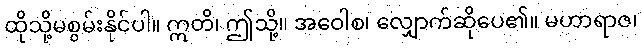
ထိုသို့မစွမ်းနိုင်ပါ။ ဣတိ၊ ဤသို့။ အဝေါစ၊ လျှောက်ဆိုပေ၏။ မဟာရာဇ၊